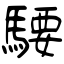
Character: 騕